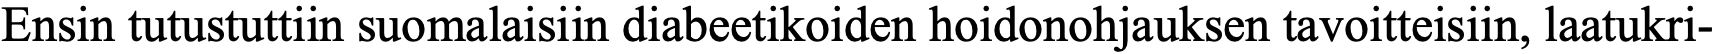
Ensin tutustuttiin suomalaisiin diabeetikoiden hoidonohjauksen tavoitteisiin, laatukri-